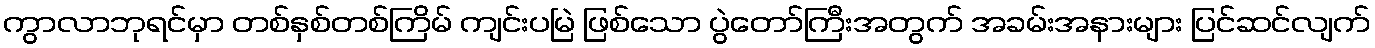
ကွာလာဘုရင်မှာ တစ်နှစ်တစ်ကြိမ် ကျင်းပမြဲ ဖြစ်သော ပွဲတော်ကြီးအတွက် အခမ်းအနားများ ပြင်ဆင်လျက်